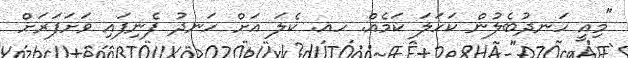
"މިއީ ހަނދުބެލުން ކަހަލަ ކަމެއް. ހއ. ކެލަ އަށް ހަނދު ފެނިފައި ވަށަފަރަށް